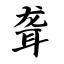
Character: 聋